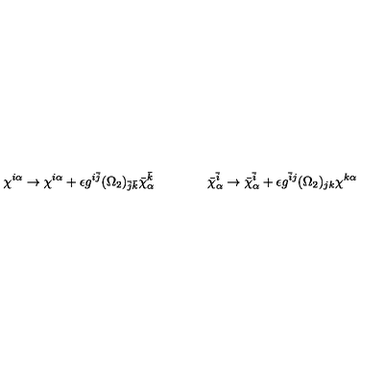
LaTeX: \chi ^ { i \alpha } \rightarrow \chi ^ { i \alpha } + \epsilon g ^ { i \bar { j } } ( \Omega _ { 2 } ) _ { \bar { j } \bar { k } } \bar { \chi } _ { \alpha } ^ { \bar { k } } \qquad \qquad \bar { \chi } _ { \alpha } ^ { \bar { i } } \rightarrow \bar { \chi } _ { \alpha } ^ { \bar { i } } + \epsilon g ^ { \bar { i } j } ( \Omega _ { 2 } ) _ { j k } \chi ^ { k \alpha }